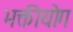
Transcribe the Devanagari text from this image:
भक्तीयोग